Lunatic asylums Central Provinces reports 1874-1885 - 1874-1885
Year: 1874
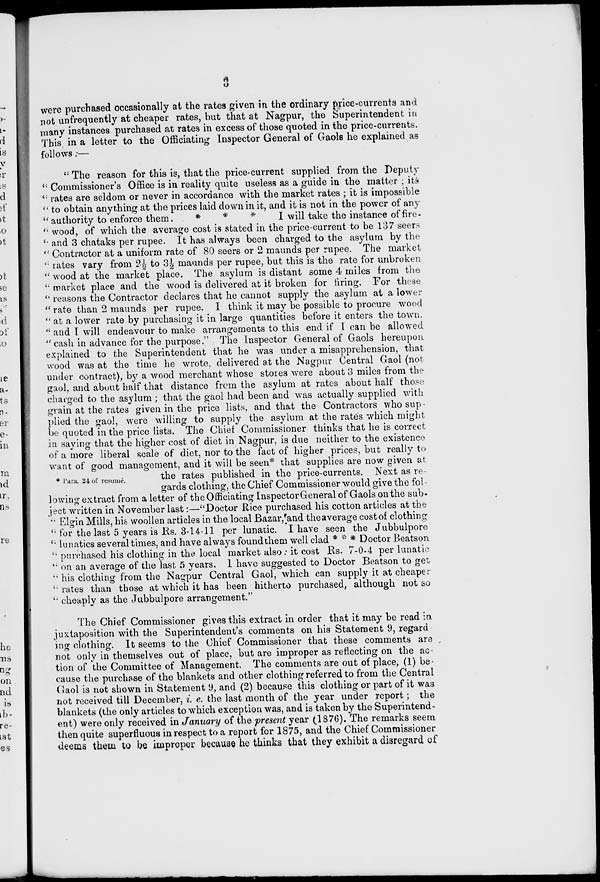
3
were purchased occasionally at the rates given in the ordinary price-currents and
not unfrequently at cheaper rates, but that at Nagpur, the Superintendent in
many instances purchased at rates in excess of those quoted in the price-currents.
This in a letter to the Officiating Inspector General of Gaols he explained as
follows:—
* Para. 24 of resume.
"The reason for this is, that the price-current supplied from the Deputy
"Commissioner's Office is in reality quite useless as a guide in the matter ; its
"rates are seldom or never in accordance with the market rates ; it is impossible
"to obtain anything at the prices laid down in it, and it is not in the power of any
"authority to enforce them.
*
*
*
I will take the instance of fire-
" wood, of which the average cost is stated in the price-current to be 137 seers
"and 3 chataks per rupee. It has always been charged to the asylum by the-
"Contractor at a uniform rate of 80 seers or 2 maunds per rupee. The market
" rates vary from 2½ to 3½ maunds per rupee, but this is the rate for unbroken
"wood at the market place. The asylum is distant some 4 miles from the
"market place and the wood is delivered at it broken for firing. For these
"reasons the Contractor declares that he cannot supply the asylum at a lower
"rate than 2 maunds per rupee. I think it may be possible to procure wood
"at a lower rate by purchasing it in large quantities before it enters the town.
"and I will endeavour to make arrangements to this end if I can be allowed
"cash in advance for the purpose." The Inspector General of Gaols hereupon
explained to the Superintendent that he was under a misapprehension, that
wood was at the time he wrote, delivered at the Nagpur Central Gaol (not
under contract), by a wood merchant whose stores were about 3 miles from the-
gaol, and about half that distance from the asylum at rates about half those
charged to the asylum ; that the gaol had been and was actually supplied with
grain at the rates given in the price lists, and that the Contractors who sup-
plied the gaol, were willing to supply the asylum at the rates which might
be quoted in the price lists. The Chief Commissioner thinks that he is correct
in saying that the higher cost of diet in Nagpur, is due neither to the existence
of a more liberal scale of diet, nor to the fact of higher prices, but really to
want of good management, and it will be seen* that supplies are now given at
the
rates published in the price-currents. Next as re-
gards clothing, the Chief Commissioner would give the fol -
lowing extract from a letter of the Officiating Inspector General of Gaols on the sub-
ject written in November last:—"Doctor Rice purchased his cotton articles at the
"Elgin Mills, his woollen articles in the local Bazar, and the average cost of clothing
"for the last 5 years is Rs. 3-14-11 per lunatic. I have seen the Jubbulpore
"lunatics several times, and have always found them well clad * * * Doctor Beatson
" purchased his clothing in the local market also: it cost Rs. 7-0-4 per lunatic
" on an average of the last 5 years. 1 have suggested to Doctor Beatson to get
" his clothing from the Nagpur Central Gaol, which can supply it at cheaper
" rates than those at which it has been hitherto purchased, although not so
" cheaply as the Jubbulpore arrangement"
The Chief Commissioner gives this extract in order that it may be read in
juxtaposition with the Superintendent's comments on his Statement 9, regard
ing clothing. It seems to the Chief Commissioner that these comments are
not only in themselves out of place, but are improper as reflecting on the ac-
tion of the Committee of Management. The comments are out of place, (1) be-
cause the purchase of the blankets and other clothing referred to from the Central
Gaol is not shown in Statement 9, and (2) because this clothing or part of it was
not received till December, i. e. the last month of the year under report; the
blankets (the only articles to which exception was, and is taken by the Superintend-
ent) were only received in January of the present year (1876). The remarks seem
then quite superfluous in respect to a report for 1875, and the Chief Commissioner
deems them to be improper because he thinks that they exhibit a disregard of